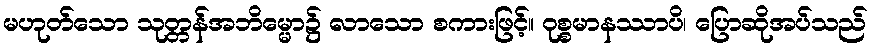
မဟုတ်သော သုတ္တန်အဘိမ္မော၌ လာသော စကားဖြင့်။ ဝုစ္စမာနဿာပိ၊ ပြောဆိုအပ်သည်